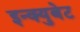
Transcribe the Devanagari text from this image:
इन्क्युबेट